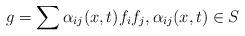
LaTeX: \begin{align*}g = \sum \alpha_{ij}(x,t) f_i f_j, \alpha_{ij}(x,t)\in S\end{align*}